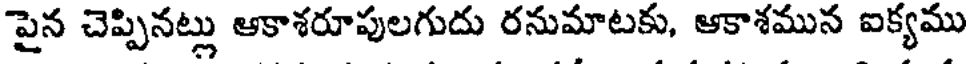
పైన చెప్పినట్లు ఆకాశరూపులగుదు రనుమాటకు, ఆకాశమున ఐక్యము